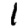
Digit: 1